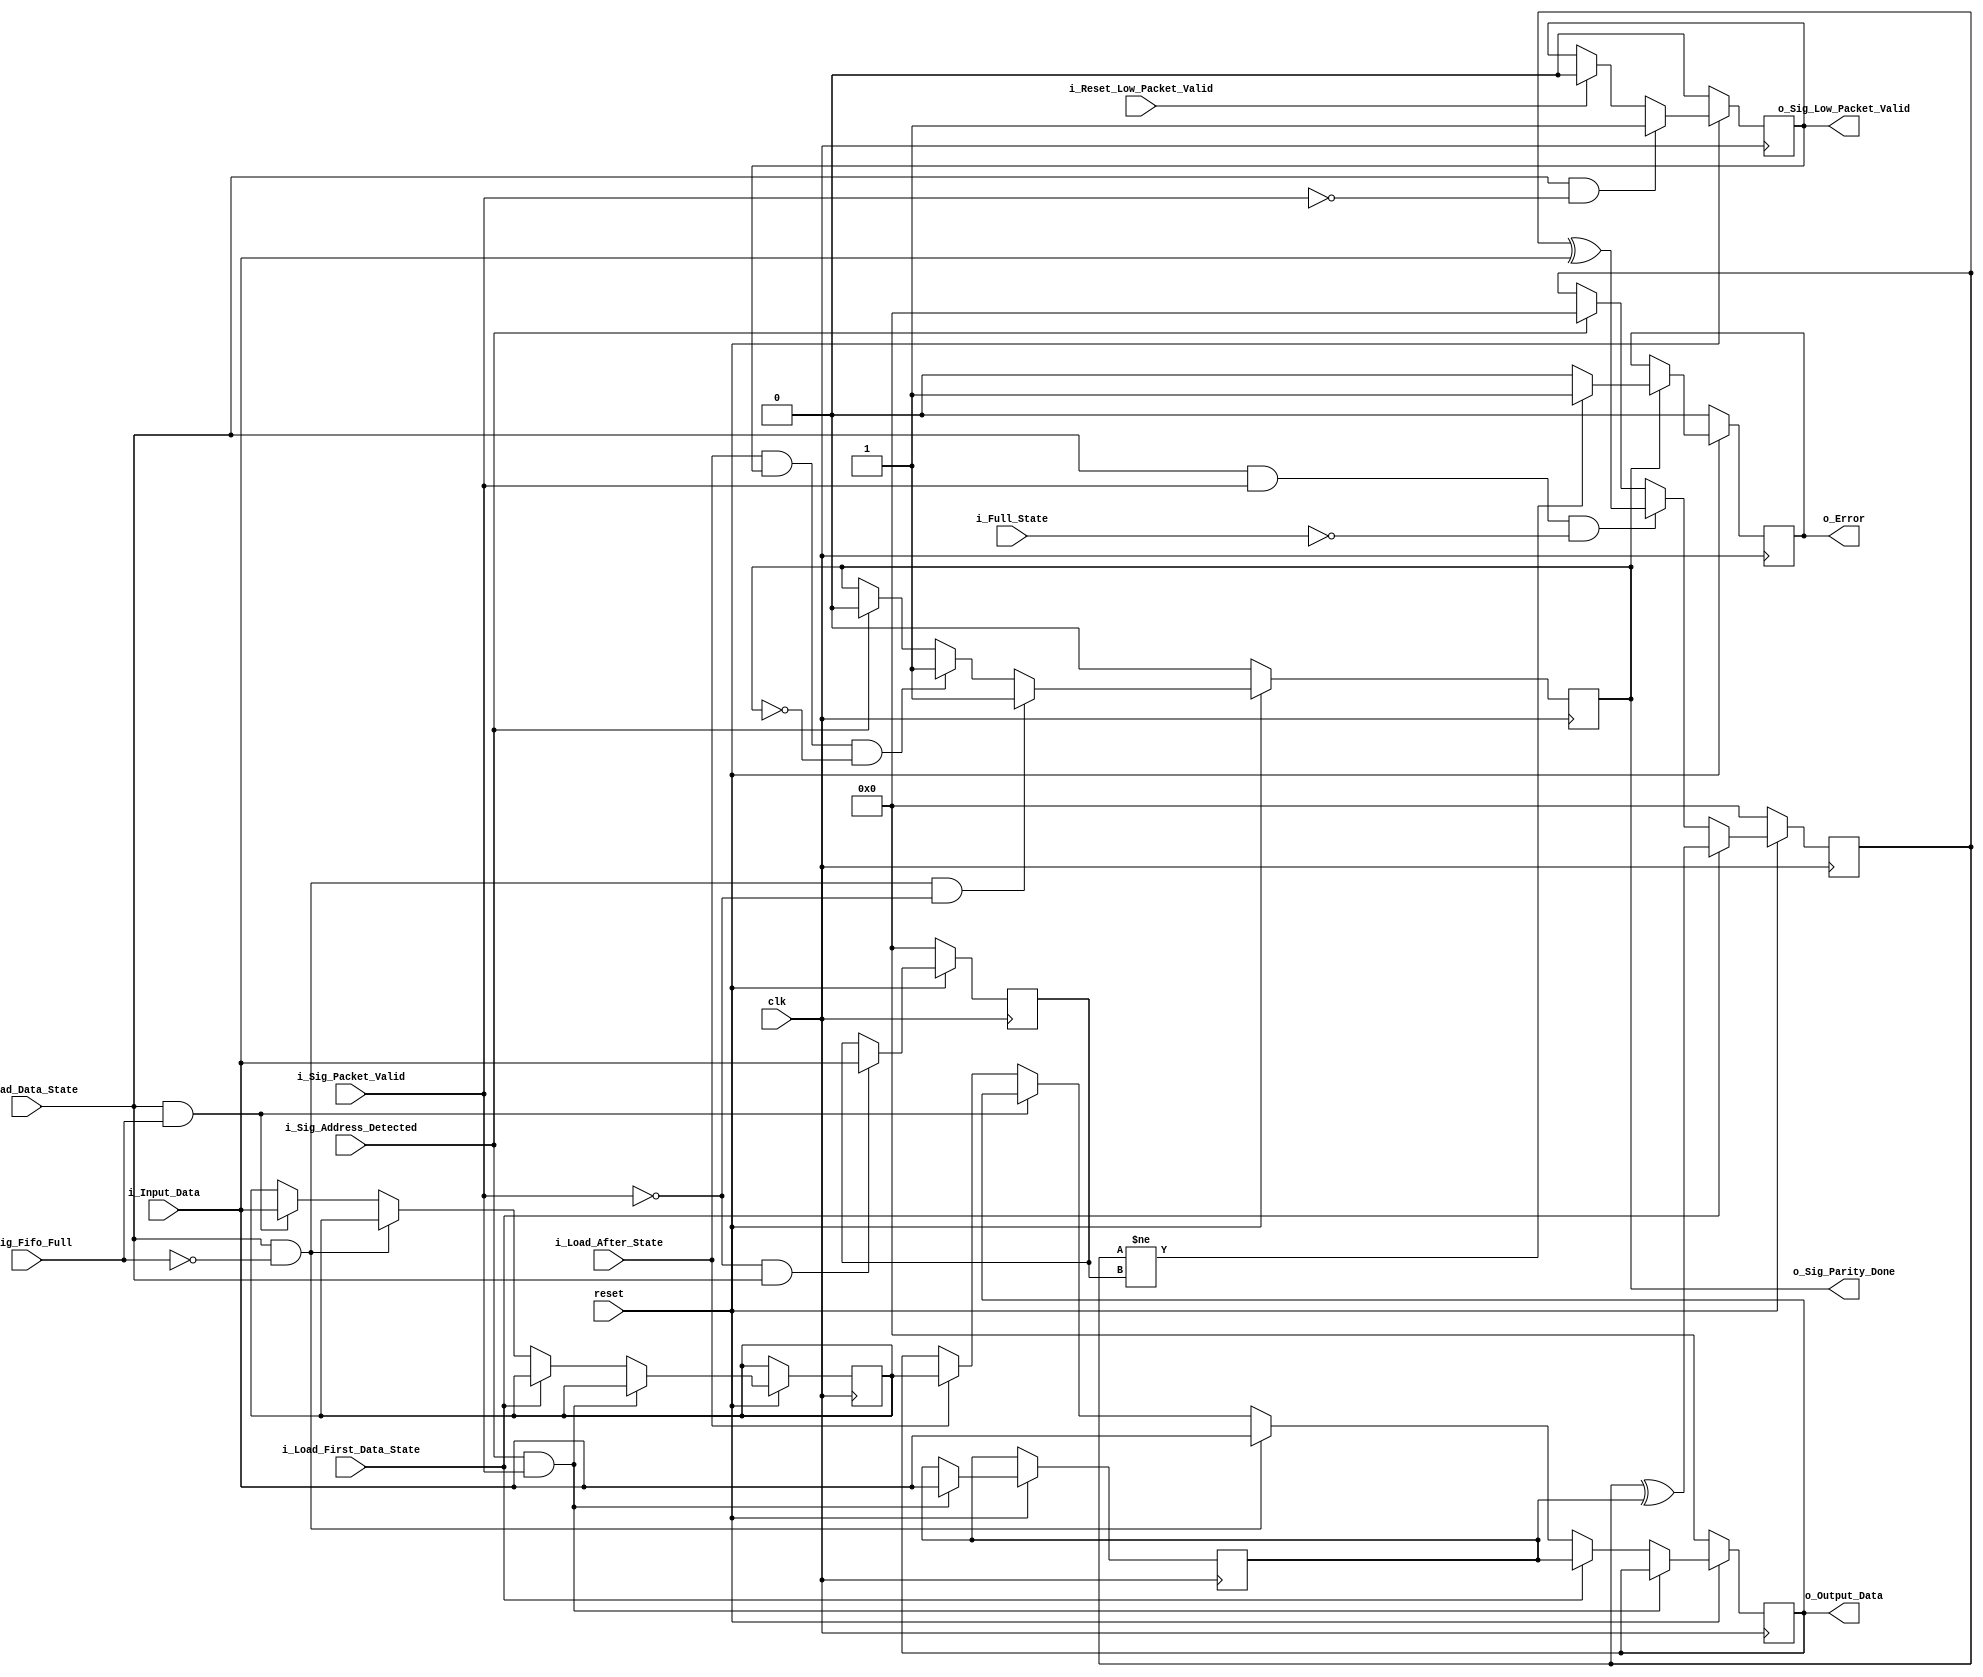
module register( 
	clk,
	reset,
	i_Sig_Packet_Valid,
	i_Input_Data,
	i_Sig_Fifo_Full,
	i_Sig_Address_Detected,
	i_Load_Data_State,
	i_Load_After_State,
	i_Full_State,
	i_Load_First_Data_State,
	i_Reset_Low_Packet_Valid,
	o_Error,
	o_Sig_Parity_Done,
	o_Sig_Low_Packet_Valid,
	o_Output_Data
	);


	parameter DATA_WIDTH = 8;

	input clk;
	input reset;
	input i_Sig_Packet_Valid;
	input [DATA_WIDTH - 1 :0] i_Input_Data;
	input i_Sig_Fifo_Full;
	input i_Sig_Address_Detected;
	input i_Load_Data_State;
	input i_Load_After_State;
	input i_Full_State;
	input i_Load_First_Data_State;
	input i_Reset_Low_Packet_Valid;

	output reg o_Error;
	output reg o_Sig_Parity_Done;
	output reg o_Sig_Low_Packet_Valid;
	output reg [DATA_WIDTH - 1 :0] o_Output_Data;

	reg [DATA_WIDTH - 1 :0] r_Header;
	reg [DATA_WIDTH - 1 :0] r_Fifo_State;
	reg [DATA_WIDTH - 1 :0] r_Parity;
	reg [DATA_WIDTH - 1 :0] r_Packet_Parity;


	always @( posedge clk ) begin
		if( !reset )
			o_Sig_Parity_Done <= 1'b0;
			
		else begin
			if( i_Load_Data_State && !i_Sig_Fifo_Full && !i_Sig_Packet_Valid )
				o_Sig_Parity_Done <= 1'b1;

			else if( i_Load_After_State && o_Sig_Low_Packet_Valid && !o_Sig_Parity_Done )
				o_Sig_Parity_Done <= 1'b1;

			else begin
				if( i_Sig_Address_Detected )
					o_Sig_Parity_Done <= 1'b0;
			end
		end
	end
	

	always @( posedge clk ) begin
		if( !reset )
			o_Sig_Low_Packet_Valid <= 1'b0;

		else begin
			if( i_Reset_Low_Packet_Valid )
				o_Sig_Low_Packet_Valid <= 1'b0;

			if( i_Load_Data_State==1'b1 && i_Sig_Packet_Valid==1'b0 )
				o_Sig_Low_Packet_Valid <= 1'b1;
		end
	end
	

	always @( posedge clk ) begin
		if( !reset )
			o_Output_Data <= 8'b0;

		else begin
			if( i_Sig_Address_Detected && i_Sig_Packet_Valid )
				r_Header <= i_Input_Data;

			else if( i_Load_First_Data_State )
				o_Output_Data <= r_Header;

			else if( i_Load_Data_State && !i_Sig_Fifo_Full )
				o_Output_Data <= i_Input_Data;

			else if( i_Load_Data_State && i_Sig_Fifo_Full )
				r_Fifo_State <= i_Input_Data;

			else begin
				if( i_Load_After_State )
					o_Output_Data <= r_Fifo_State;
			end
		end
	end
	

	always @( posedge clk ) begin
		if( !reset )
			r_Parity <= 8'b0;

		else if( i_Load_First_Data_State )
			r_Parity <= r_Parity ^ r_Header;

		else if( i_Load_Data_State && i_Sig_Packet_Valid && !i_Full_State )
			r_Parity <= r_Parity ^ i_Input_Data;

		else begin	
			if ( i_Sig_Address_Detected )
				r_Parity <= 8'b0;
		end
	end
	

	always @( posedge clk ) begin
		if( !reset )
			r_Packet_Parity <= 8'b0;

		else begin
			if( !i_Sig_Packet_Valid && i_Load_Data_State )
				r_Packet_Parity <= i_Input_Data;
		end
	end
	

	always @( posedge clk ) begin
		if( !reset )
			o_Error <= 1'b0;

		else begin
			if( o_Sig_Parity_Done ) begin
				if( r_Parity!=r_Packet_Parity )
					o_Error <= 1'b1;
				else
					o_Error <= 1'b0;
			end
		end
	end

endmodule